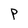
Character: P